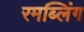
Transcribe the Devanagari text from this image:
रमब्लिंग